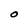
Character: O